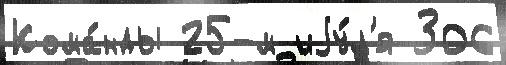
Кома́нды 25-м иjу́л'я 306